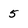
Character: 5